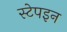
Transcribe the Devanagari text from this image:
स्टेपइन